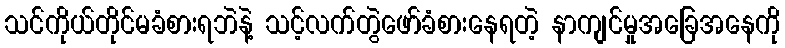
သင်ကိုယ်တိုင်မခံစားရဘဲနဲ့ သင့်လက်တွဲဖော်ခံစားနေရတဲ့ နာကျင်မှုအခြေအနေကို